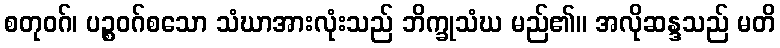
စတုဝဂ်၊ ပဉ္စဝဂ်စသော သံဃာအားလုံးသည် ဘိက္ခုသံဃ မည်၏။ အလိုဆန္ဒသည် မတိ